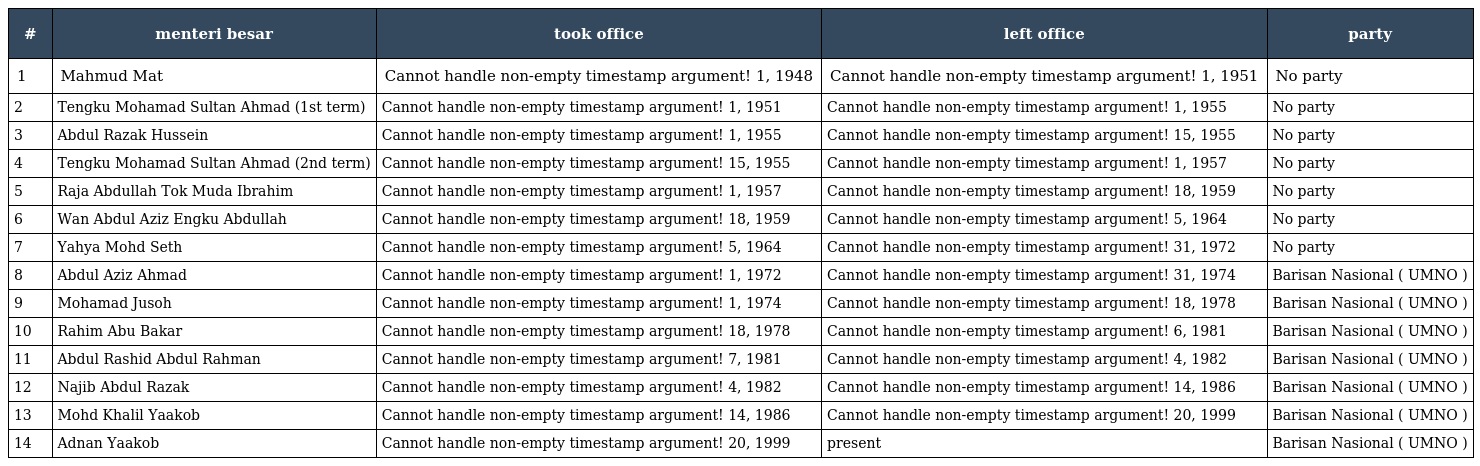
| # | menteri besar | took office | left office | party |
 | --- | --- | --- | --- | --- |
 | 1 | Mahmud Mat | Cannot handle non-empty timestamp argument! 1, 1948 | Cannot handle non-empty timestamp argument! 1, 1951 | No party |
 | 2 | Tengku Mohamad Sultan Ahmad (1st term) | Cannot handle non-empty timestamp argument! 1, 1951 | Cannot handle non-empty timestamp argument! 1, 1955 | No party |
 | 3 | Abdul Razak Hussein | Cannot handle non-empty timestamp argument! 1, 1955 | Cannot handle non-empty timestamp argument! 15, 1955 | No party |
 | 4 | Tengku Mohamad Sultan Ahmad (2nd term) | Cannot handle non-empty timestamp argument! 15, 1955 | Cannot handle non-empty timestamp argument! 1, 1957 | No party |
 | 5 | Raja Abdullah Tok Muda Ibrahim | Cannot handle non-empty timestamp argument! 1, 1957 | Cannot handle non-empty timestamp argument! 18, 1959 | No party |
 | 6 | Wan Abdul Aziz Engku Abdullah | Cannot handle non-empty timestamp argument! 18, 1959 | Cannot handle non-empty timestamp argument! 5, 1964 | No party |
 | 7 | Yahya Mohd Seth | Cannot handle non-empty timestamp argument! 5, 1964 | Cannot handle non-empty timestamp argument! 31, 1972 | No party |
 | 8 | Abdul Aziz Ahmad | Cannot handle non-empty timestamp argument! 1, 1972 | Cannot handle non-empty timestamp argument! 31, 1974 | Barisan Nasional ( UMNO ) |
 | 9 | Mohamad Jusoh | Cannot handle non-empty timestamp argument! 1, 1974 | Cannot handle non-empty timestamp argument! 18, 1978 | Barisan Nasional ( UMNO ) |
 | 10 | Rahim Abu Bakar | Cannot handle non-empty timestamp argument! 18, 1978 | Cannot handle non-empty timestamp argument! 6, 1981 | Barisan Nasional ( UMNO ) |
 | 11 | Abdul Rashid Abdul Rahman | Cannot handle non-empty timestamp argument! 7, 1981 | Cannot handle non-empty timestamp argument! 4, 1982 | Barisan Nasional ( UMNO ) |
 | 12 | Najib Abdul Razak | Cannot handle non-empty timestamp argument! 4, 1982 | Cannot handle non-empty timestamp argument! 14, 1986 | Barisan Nasional ( UMNO ) |
 | 13 | Mohd Khalil Yaakob | Cannot handle non-empty timestamp argument! 14, 1986 | Cannot handle non-empty timestamp argument! 20, 1999 | Barisan Nasional ( UMNO ) |
 | 14 | Adnan Yaakob | Cannot handle non-empty timestamp argument! 20, 1999 | present | Barisan Nasional ( UMNO ) |